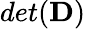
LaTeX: det(\mathbf{D})